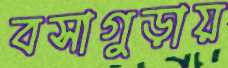
বসাগুড়ায়